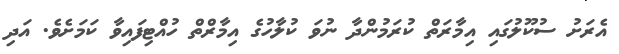
އެރަށު ސުކޫލުގައި އިމާރަތް ކުރަމުންދާ ނުވަ ކުލާހުގެ އިމާރްތް ހުއްޓިފައިވާ ކަމަށެވެ. އަދި